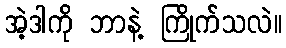
အဲ့ဒါကို ဘာနဲ့ ကြိုက်သလဲ။